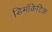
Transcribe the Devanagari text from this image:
डिमॉक्रेटिक